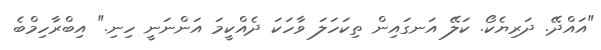
"އައްދޭ. ދަރިޔެކޯ. ކަލޭ އަނގައިން ތިކަހަލަ ވާހަކަ ދެއްކީމަ އަންނަނީ ހިނި." އިބްރާހިމްބެ